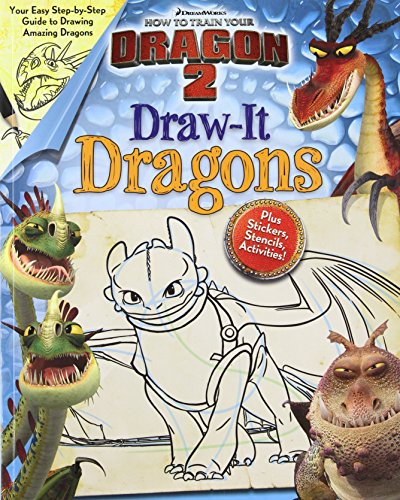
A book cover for DreamWorks How to Train Your Dragon 2: Draw-It Dragons (LOVE TO DRAW); Dreamworks How to Train Your Dragon; Children's Books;